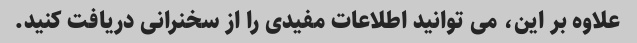
علاوه بر این، می توانید اطلاعات مفیدی را از سخنرانی دریافت کنید.